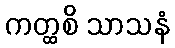
ကတ္ထစိ သာသနံ